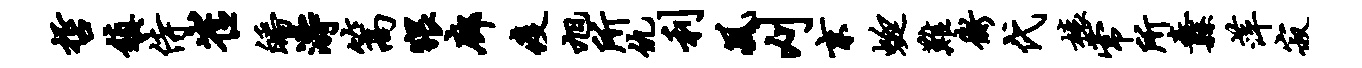
哲镇侍崔皤涛篙猥廊疫旭所仇利风刈京蜓难衡代榱常所纛萍寂